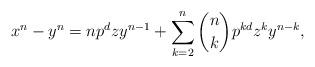
LaTeX: \begin{align*}x^n -y^n = np^d z y^{n-1} + \sum_{k=2}^n \binom{n}{k} p^{kd} z^k y^{n-k},\end{align*}